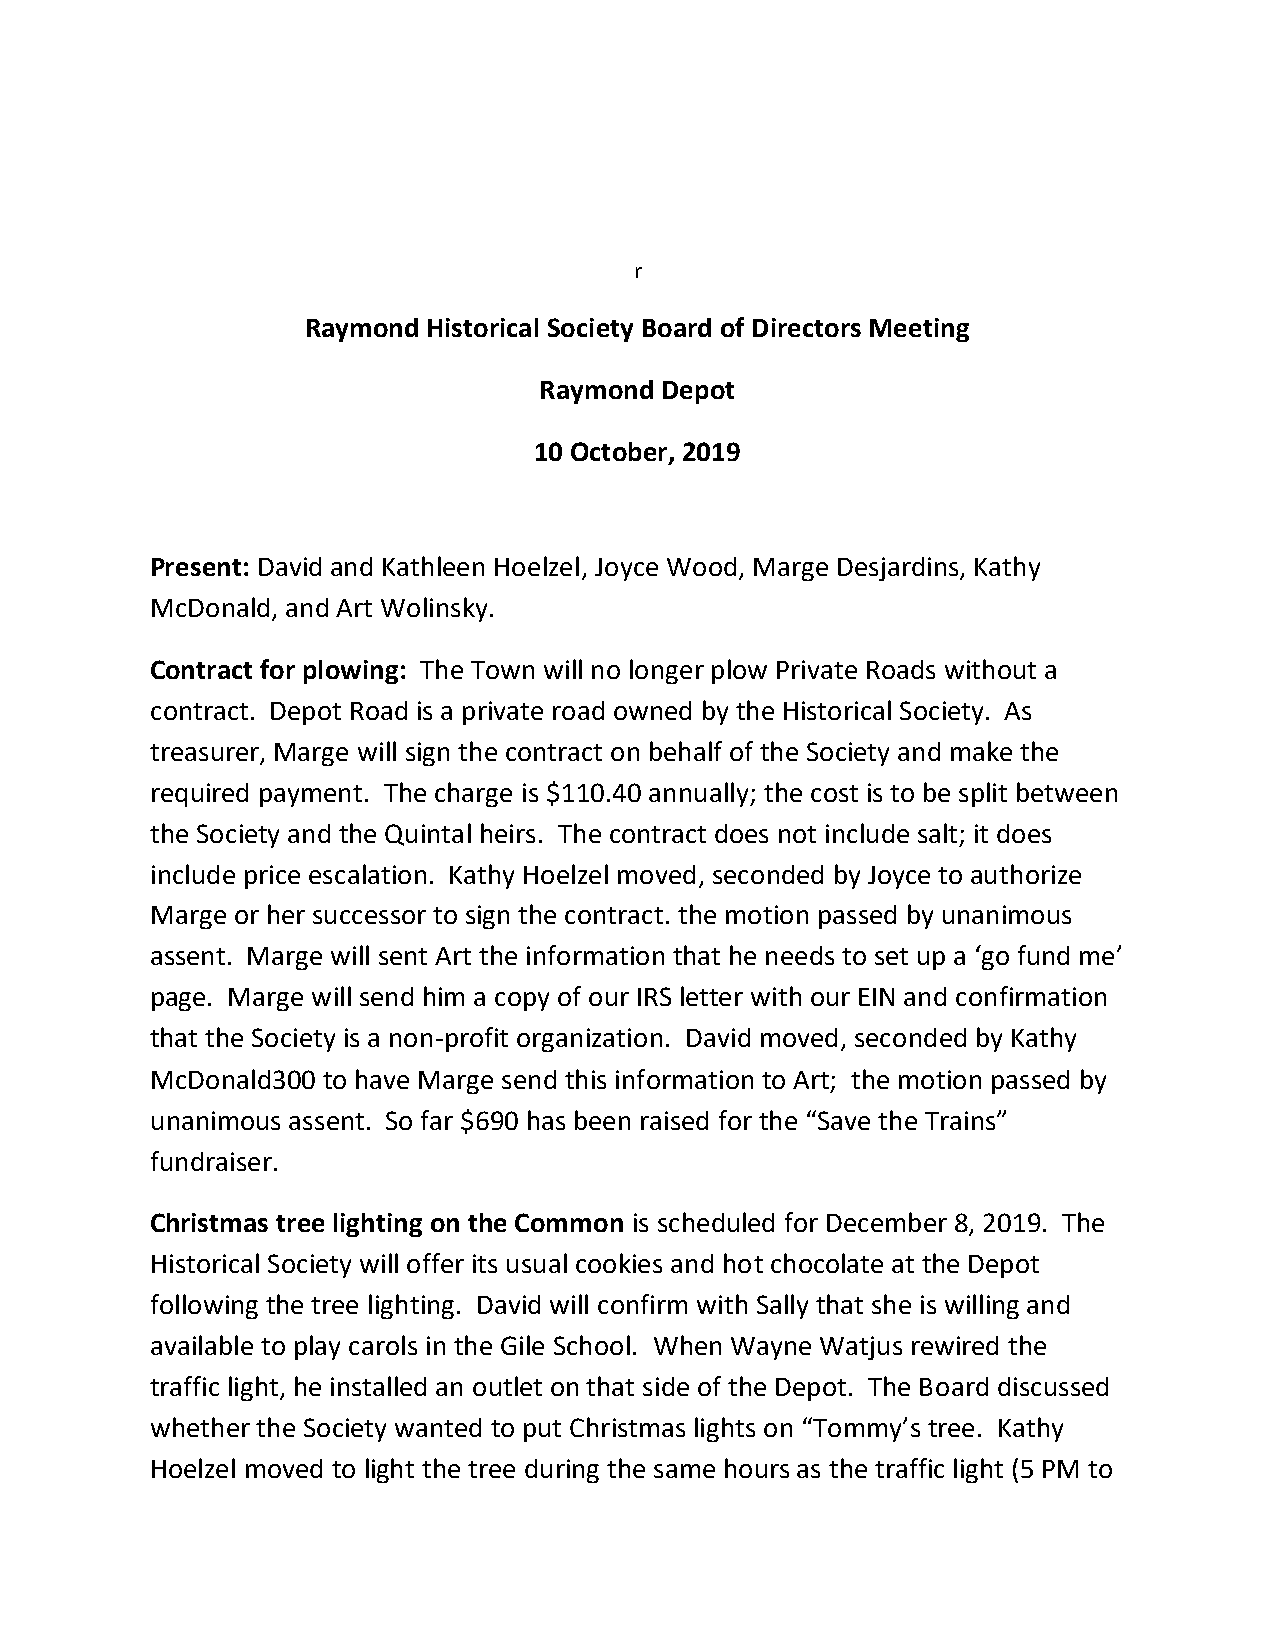
r
 Raymond Historical Society Board of Directors Meeting
 Raymond Depot
 10 October, 2019
 Present: David and Kathleen Hoelzel, Joyce Wood, Marge Desjardins, Kathy
 McDonald, and Art Wolinsky.
 Contract for plowing: The Town will no longer plow Private Roads without a
 contract. Depot Road is a private road owned by the Historical Society. As
 treasurer, Marge will sign the contract on behalf of the Society and make the
 required payment. The charge is $110.40 annually; the cost is to be split between
 the Society and the Quintal heirs. The contract does not include salt; it does
 include price escalation. Kathy Hoelzel moved, seconded by Joyce to authorize
 Marge or her successor to sign the contract. the motion passed by unanimous
 assent. Marge will sent Art the information that he needs to set up a ‘go fund me’
 page. Marge will send him a copy of our IRS letter with our EIN and confirmation
 that the Society is a non-profit organization. David moved, seconded by Kathy
 McDonald300 to have Marge send this information to Art; the motion passed by
 unanimous assent. So far $690 has been raised for the “Save the Trains”
 fundraiser.
 Christmas tree lighting on the Common is scheduled for December 8, 2019. The
 Historical Society will offer its usual cookies and hot chocolate at the Depot
 following the tree lighting. David will confirm with Sally that she is willing and
 available to play carols in the Gile School. When Wayne Watjus rewired the
 traffic light, he installed an outlet on that side of the Depot. The Board discussed
 whether the Society wanted to put Christmas lights on “Tommy’s tree. Kathy
 Hoelzel moved to light the tree during the same hours as the traffic light (5 PM to